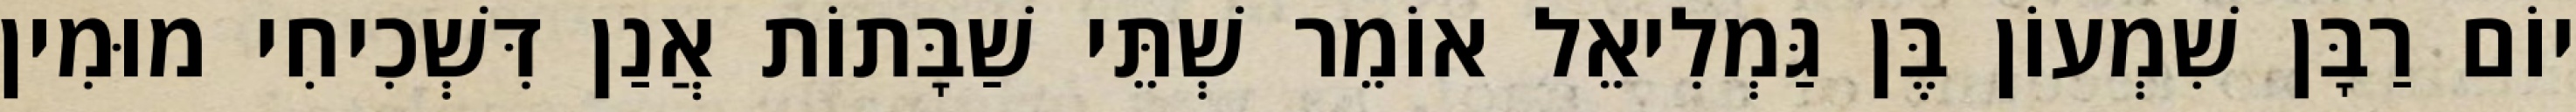
יוֹם רַבָּן שִׁמְעוֹן בֶּן גַּמְלִיאֵל אוֹמֵר שְׁתֵּי שַׁבָּתוֹת אֲנַן דִּשְׁכִיחִי מוּמִין